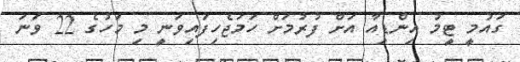
ގައުމީ ޓީމު އިންޑިއާ އަށް ފުރުމަށް ހަމަޖެހިފައިވަނީ މި މަހުގެ 22 ވަނަ